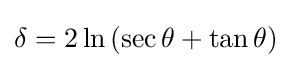
\delta =2\ln \left(\sec \theta +\tan \theta \right)